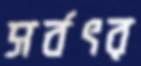
সর্বৎর